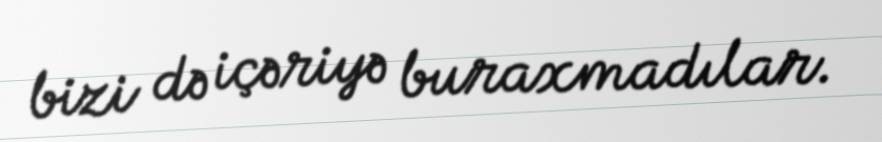
bizi də içəriyə buraxmadılar.